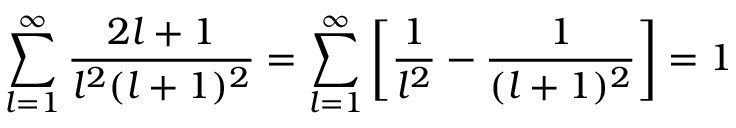
\sum _ { l = 1 } ^ { \infty } { \frac { 2 l + 1 } { l ^ { 2 } ( l + 1 ) ^ { 2 } } } = \sum _ { l = 1 } ^ { \infty } \left[ { \frac { 1 } { l ^ { 2 } } } - { \frac { 1 } { ( l + 1 ) ^ { 2 } } } \right] = 1